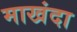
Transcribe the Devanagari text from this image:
माखंदा